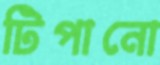
টিপানো